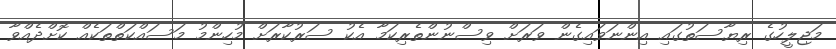
މަޖިލީހުގެ ރިޔާސަތުގައި އިންނަވައިގެން ވަރަށް ވިސްނުންތެރިކަމާ އެކު ސަރުކާރަށް މުހިންމު މަސައްކަތްތަކެއް ކޮށްދެއްވާ